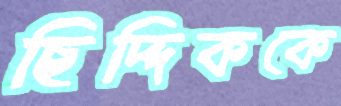
ছিদ্দিককে